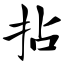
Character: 拈